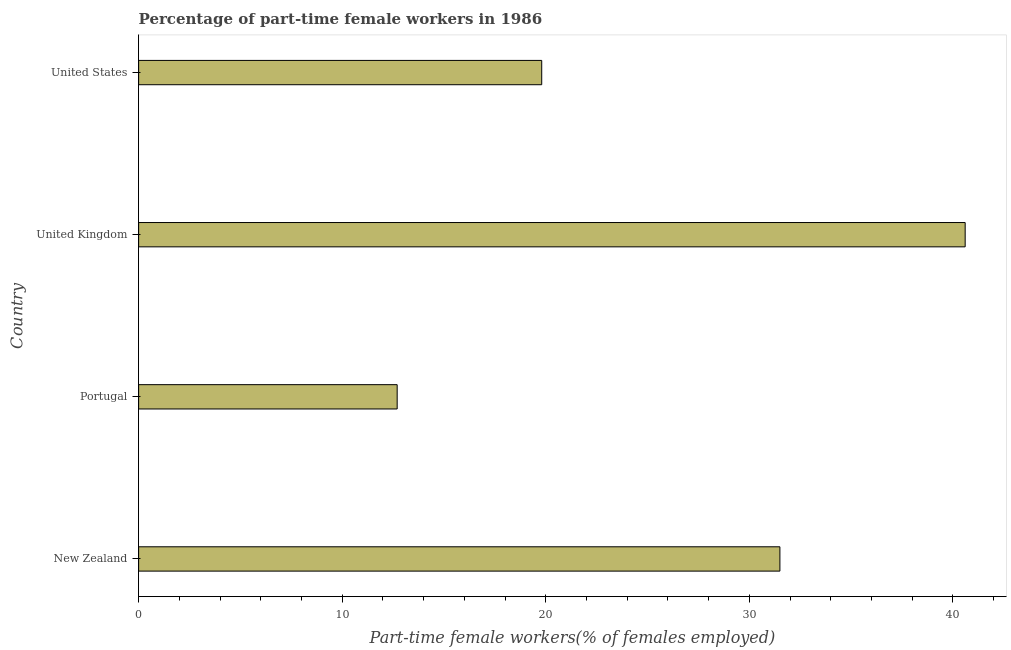
| Country | Part time employment |
 | --- | --- |
 | New Zealand | 31.5 |
 | Portugal | 12.7 |
 | United Kingdom | 40.6 |
 | United States | 19.8 |